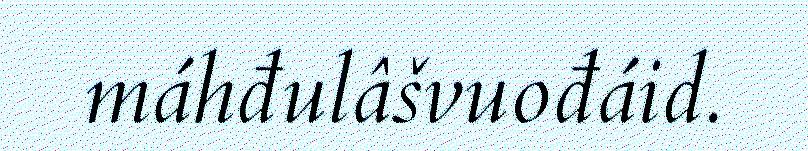
máhđulâšvuođáid.